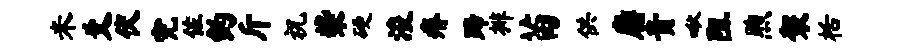
米爻伏完佐约斤祝柴硬浚瘠蹄排苗供麝贵啾阻煦袈栝